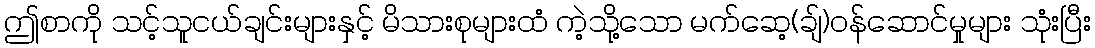
ဤစာကို သင့်သူငယ်ချင်းများနှင့် မိသားစုများထံ ကဲ့သို့သော မက်ဆေ့(ချ်)ဝန်ဆောင်မှုများ သုံးပြီး